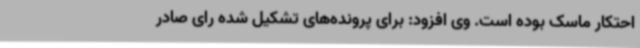
احتکار ماسک بوده است. وی افزود: برای پرونده‌های تشکیل شده رای صادر